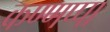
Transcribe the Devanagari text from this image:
कण्णप्पा